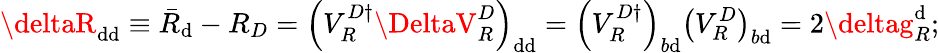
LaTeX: \deltaR_{\mathrm{d}\mathrm{d}}\equiv\bar{{R}}_{\mathrm{d}}-R_{D}=\left(V_{R}^{D\dagger}\DeltaV_{R}^{D}\right)_{\mathrm{d}\mathrm{d}}=\left(V_{R}^{D\dagger}\right)_{b\mathrm{d}}\left(V_{R}^{D}\right)_{b\mathrm{d}}=2\deltag_{R}^{\mathrm{d}};